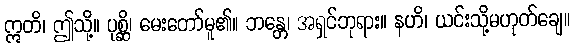
ဣတိ၊ ဤသို့။ ပုစ္ဆိ၊ မေးတော်မူ၏။ ဘန္တေ၊ အရှင်ဘုရား။ နဟိ၊ ယင်းသို့မဟုတ်ချေ။